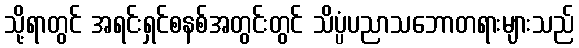
သို့ရာတွင် အရင်းရှင်စနစ်အတွင်းတွင် သိပ္ပံပညာသဘောတရားများသည်